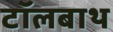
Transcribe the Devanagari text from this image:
टॉलबाथ